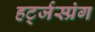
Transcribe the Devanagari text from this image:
हर्ट्जस्प्रंग